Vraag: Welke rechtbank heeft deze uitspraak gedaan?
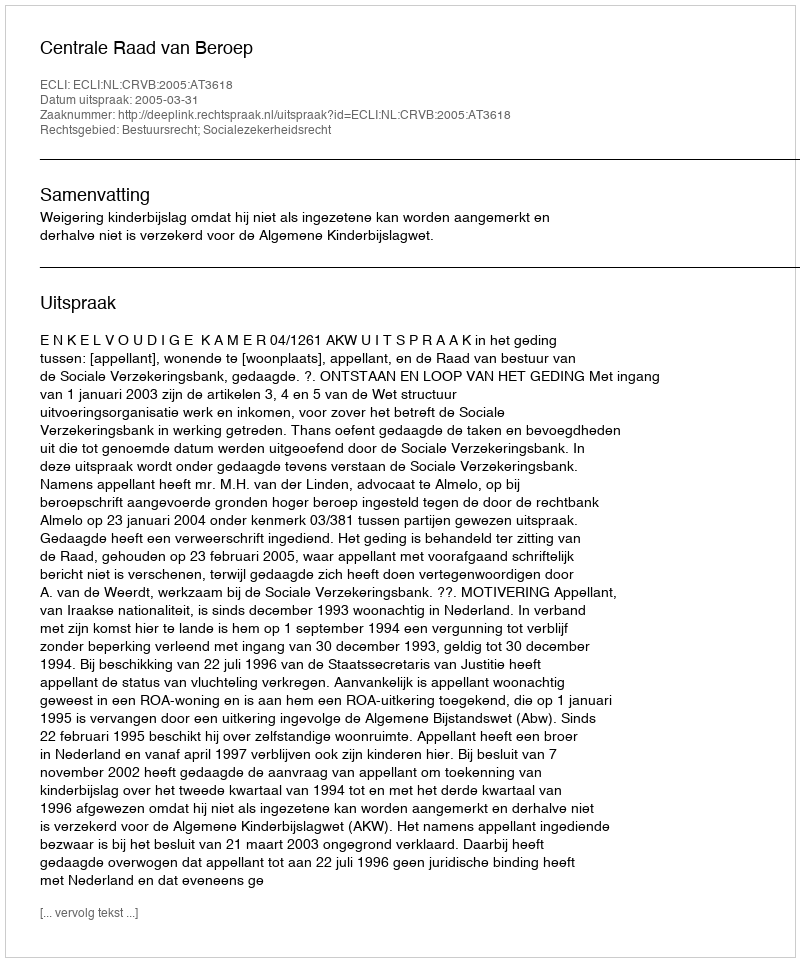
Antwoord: Centrale Raad van Beroep